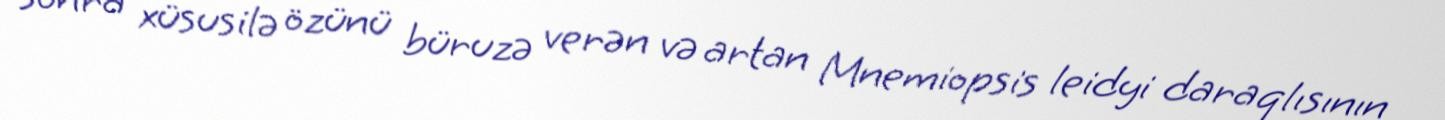
sonra xüsusilə özünü büruzə verən və artan Mnemiopsis leidyi daraqlısının